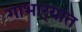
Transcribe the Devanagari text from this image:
गाभार्‍यात